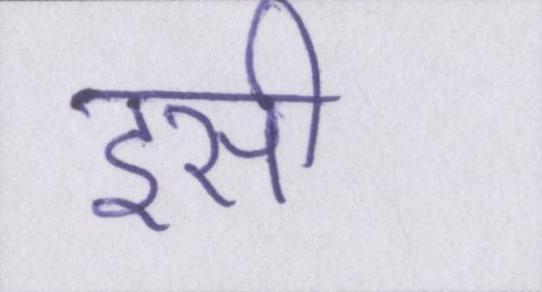
इसी